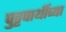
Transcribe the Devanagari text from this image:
पुट्टपार्थीच्या